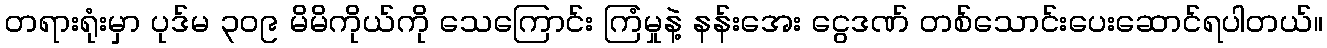
တရားရုံးမှာ ပုဒ်မ ၃၀၉ မိမိကိုယ်ကို သေကြောင်း ကြံမှုနဲ့ နန်းအေး ငွေဒဏ် တစ်သောင်းပေးဆောင်ရပါတယ်။